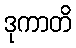
ဒုကာတိ